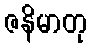
ဇနိမာတု